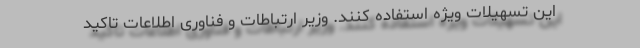
این تسهیلات ویژه استفاده کنند. وزیر ارتباطات و فناوری اطلاعات تاکید